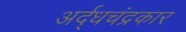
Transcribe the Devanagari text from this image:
अर्द्धचंद्रकार